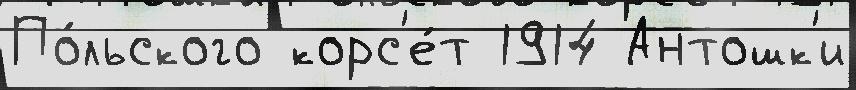
По́льского корс'е́т 1914 Антошк'и